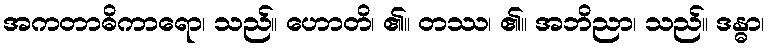
အကတာဓိကာရော၊ သည်။ ဟောတိ၊ ၏။ တဿ၊ ၏။ အဘိညာ၊ သည်။ ဒန္ဓာ၊